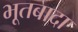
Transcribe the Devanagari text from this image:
भूतबादा